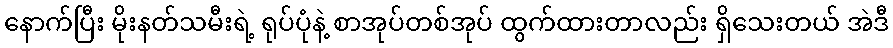
နောက်ပြီး မိုးနတ်သမီးရဲ့ ရုပ်ပုံနဲ့ စာအုပ်တစ်အုပ် ထွက်ထားတာလည်း ရှိသေးတယ် အဲဒီ